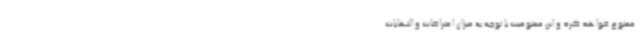
ممنوع خواهد کرد و این ممنوعیت با توجه به میزان اعتراضات و التهابات